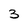
Character: 3